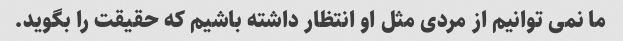
ما نمی توانیم از مردی مثل او انتظار داشته باشیم که حقیقت را بگوید.